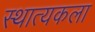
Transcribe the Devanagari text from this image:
स्थात्यकला